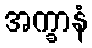
အက္ခာနံ